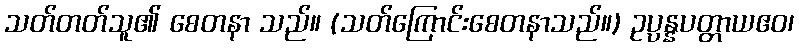
သတ်တတ်သူ၏ စေတနာ သည်။ (သတ်ကြောင်းစေတနာသည်။) ဥပ္ပန္နပတ္တာယဧဝ၊